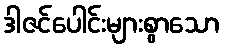
ဒါဇင်ပေါင်းများစွာသော